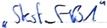
Text: "Skst_FB1"